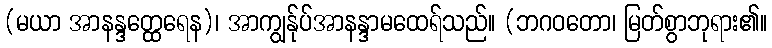
(မယာ အာနန္ဒတ္ထေရေန)၊ အာကျွန်ုပ်အာနန္ဒာမထေရ်သည်။ (ဘဂဝတော၊ မြတ်စွာဘုရား၏။